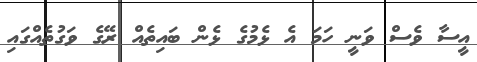
އީސާ ވެސް ވަނީ ހަމަ އެ ޅެމުގެ ޅެން ބައިތެއް ރޭގެ ވަގުތެއްގައި